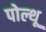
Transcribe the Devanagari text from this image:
पोल्थू